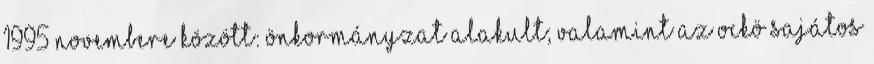
1995 novembere között: önkormányzat alakult; valamint az OCKÖ sajátos